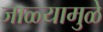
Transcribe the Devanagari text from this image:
जाळ्यामुळे